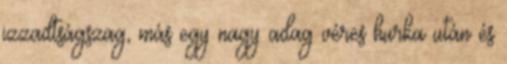
izzadtságszag, más egy nagy adag véres hurka után és